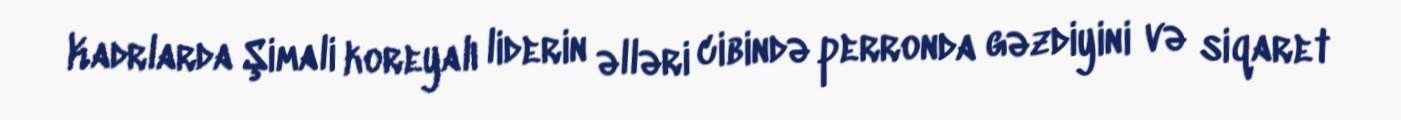
Kadrlarda Şimali koreyalı liderin əlləri cibində perronda gəzdiyini və siqaret